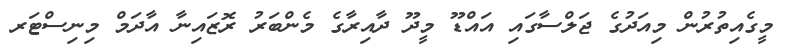
މީގެއިތުރުން މިއަދުގެ ޖަލްސާގައި އައްޑޫ މީދޫ ދާއިރާގެ މެންބަރު ރޮޒައިނާ އާދަމް މިނިސްޓަރ